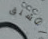
الشنق